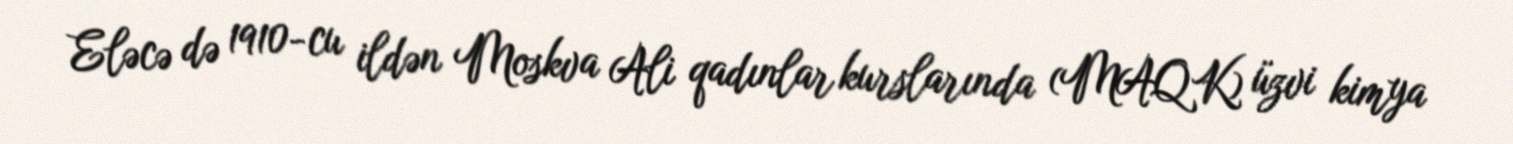
Eləcə də 1910-cu ildən Moskva Ali qadınlar kurslarında (MAQK) üzvi kimya